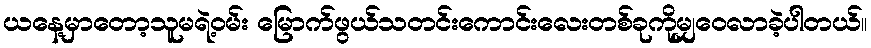
ယနေ့မှာတော့သူမရဲ့ဝမ်း မြောက်ဖွယ်သတင်းကောင်းလေးတစ်ခုကိုမျှဝေလာခဲ့ပါတယ်။